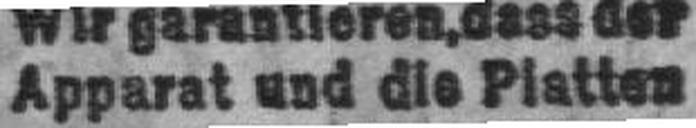
Apparat und die Platten